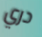
دري